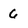
Character: 6